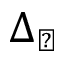
\Delta _ { \perp }